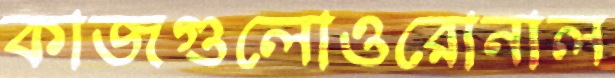
কাজগুলোওরোনাল